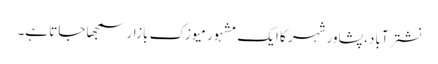
نشترآباد، پشاور شہر کا ایک مشہور میوزک بازار سمجھا جاتا ہے۔